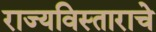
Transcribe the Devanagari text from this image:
राज्यविस्ताराचे